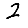
Digit: 2